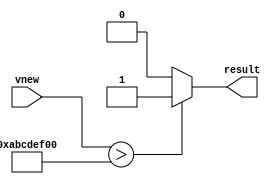
`timescale 1ns / 1ps
//////////////////////////////////////////////////////////////////////////////////
// Company: 
// Engineer: 
// 
// Design Name: 
// Module Name: comparator
// Project Name: 
// Target Devices: 
// Tool Versions: 
// Description: 
// 
// Dependencies: 
// 
// Revision:
// Revision 0.01 - File Created
// Additional Comments:
// 
//////////////////////////////////////////////////////////////////////////////////


module comparator #
(
    parameter [31:0] vth = 32'hABCDEF00
)

(

    input [7:0] vnew,
    output reg result

    );
    
    
    
    
always @* begin
    if (vnew > vth)
        result = 1;
    else
        result = 0;
end
endmodule